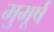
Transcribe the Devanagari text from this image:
मुमूर्ष